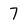
Character: 7